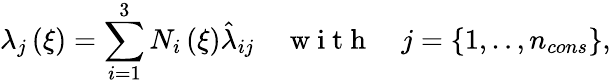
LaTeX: \lambda_{j}\left(\xi\right)=\sum_{i=1}^{3}N_{i}\left(\xi\right)\hat{\lambda}_{ij}\quad\mathrm{~w~i~t~h~}\quad j=\{ 1,..,n_{cons}\} ,